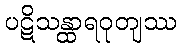
ပဋိသန္ထာရဝုတျဿ